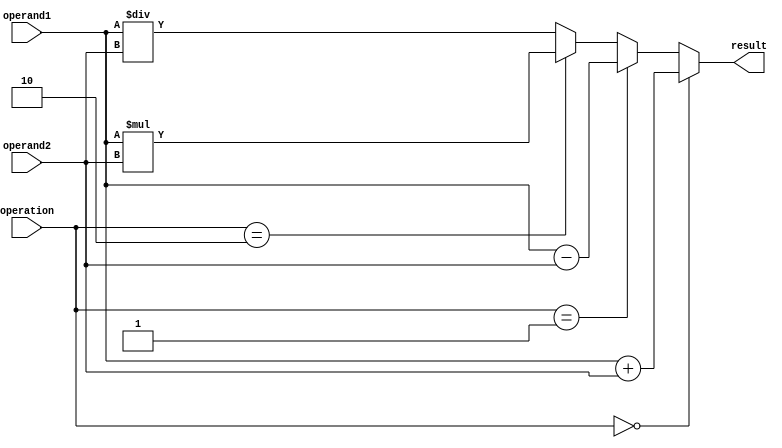
module HalfPrecisionFloatingPointUnit (
    input wire [15:0] operand1,
    input wire [15:0] operand2,
    input wire [1:0] operation,
    output wire [15:0] result
);

// Arithmetic blocks
assign result = (operation == 2'b00) ? operand1 + operand2 : // Addition
               (operation == 2'b01) ? operand1 - operand2 : // Subtraction
               (operation == 2'b10) ? operand1 * operand2 : // Multiplication
                                        operand1 / operand2 ; // Division

// Rounding and normalization logic
// Include rounding and normalization logic here

// IEEE 754 standard for half precision floating point numbers
// Include IEEE 754 standard logic here

// Error detection and correction mechanisms
// Include error detection and correction logic here

endmodule